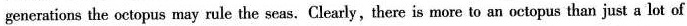
generations the octopus may rule the seas. Clearly,there is more to an octopus than just a lot of